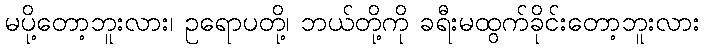
မပို့တော့ဘူးလား၊ ဥရောပတို့၊ ဘယ်တို့ကို ခရီးမထွက်ခိုင်းတော့ဘူးလား